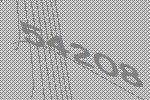
54208